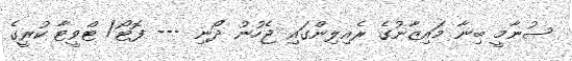
ސުނާމީ ބިނާ މައިޒާނުގެ ރެއިލިންގައި ޖެހުނު ދޯނި --- ފޮޓޯ/ ޓްވީޓާ ކުރީގެ